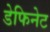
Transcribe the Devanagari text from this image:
डेफिनेट